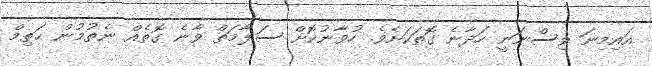
އައިމިނަ ވިސްނަނީ ހަދާނެ ގޮތަކަށެވެ. ހުވާނުކޮށް ސަލާމަތް ވާނެ ގޮތެއް ނެތުމުން ޙަތިމް